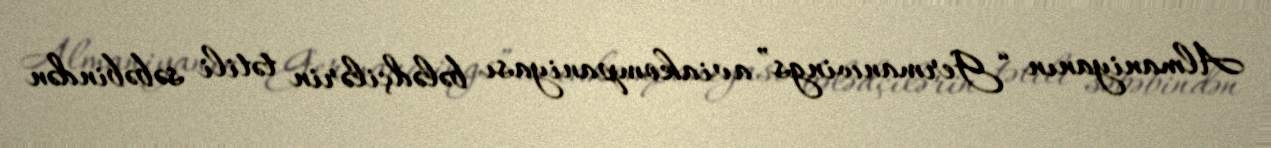
Almaniyanın “Germanwings” aviakompaniyası bələdçilərin tətili səbəbindən